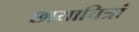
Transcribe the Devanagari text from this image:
छायाचित्रां